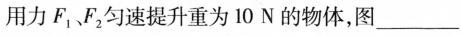
用力F_{1}、F_{2}匀速提升重为10N的物体，图___